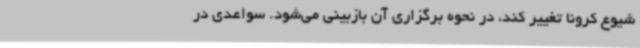
شیوع کرونا تغییر کند، در نحوه برگزاری آن بازبینی می‌شود. سواعدی در